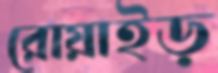
রোয়াইড়